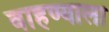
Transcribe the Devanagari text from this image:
वाहण्याला